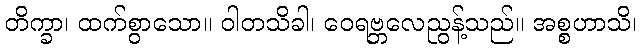
တိက္ခာ၊ ထက်စွာသော။ ဝါတသိခါ၊ ဝေရဗ္ဘလေညွန့်သည်။ အစ္စဟာသိ၊